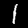
Label: 1